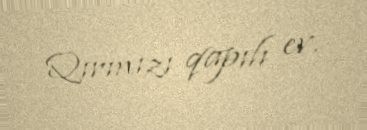
Qırmızı qapılı ev.